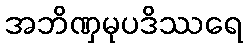
အဘိဏှမုပဒိဿရေ